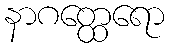
နာဂတ္ထေရော